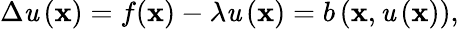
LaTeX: \Delta\mathit{u}\left(\mathbf{{x}}\right)=f(\mathbf{{x}})-\lambda\mathit{u}\left(\mathbf{{x}}\right)=b\left(\mathbf{{x}},\mathit{u}\left(\mathbf{{x}}\right)\right),